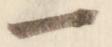
一